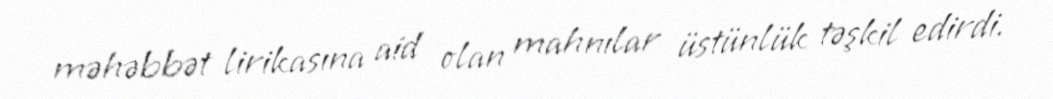
məhəbbət lirikasına aid olan mahnılar üstünlük təşkil edirdi.